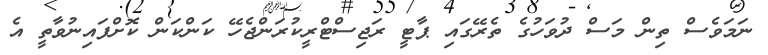
ނަމަވެސް ތިން މަސް ދުވަހުގެ ތެރޭގައި ޕާޓީ ރަޖިސްޓްރީކުރަންޖެހޭ ކަންކަން ކޮށްފައިނުވާތީ އެ